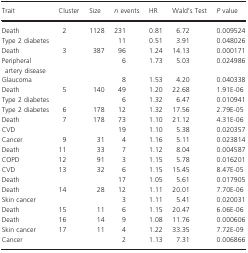
| Trait | Cluster | Size | n events | HR | Wald's Test | P value |
 | --- | --- | --- | --- | --- | --- | --- |
 | Death | <ROWSPAN=2> 2 | <ROWSPAN=2> 1128 | 231 | 0.81 | 6.72 | 0.009524 |
 | Type 2 diabetes | 11 | 0.51 | 3.91 | 0.048026 |
 | Death | <ROWSPAN=3> 3 | <ROWSPAN=3> 387 | 96 | 1.24 | 14.13 | 0.000171 |
 | Peripheral artery disease | 6 | 1.73 | 5.03 | 0.024986 |
 | Glaucoma | 8 | 1.53 | 4.20 | 0.040338 |
 | Death | <ROWSPAN=2> 5 | <ROWSPAN=2> 140 | 49 | 1.20 | 22.68 | 1.91E‐06 |
 | Type 2 diabetes | 6 | 1.32 | 6.47 | 0.010941 |
 | Type 2 diabetes | 6 | 178 | 12 | 1.32 | 17.56 | 2.79E‐05 |
 | Death | <ROWSPAN=2> 7 | <ROWSPAN=2> 178 | 73 | 1.10 | 21.12 | 4.31E‐06 |
 | CVD | 19 | 1.10 | 5.38 | 0.020357 |
 | Cancer | 9 | 31 | 4 | 1.16 | 5.11 | 0.023814 |
 | Death | 11 | 33 | 7 | 1.12 | 8.04 | 0.004587 |
 | COPD | 12 | 91 | 3 | 1.15 | 5.78 | 0.016201 |
 | CVD | <ROWSPAN=2> 13 | <ROWSPAN=2> 32 | 6 | 1.15 | 15.45 | 8.47E‐05 |
 | Death | 17 | 1.05 | 5.61 | 0.017905 |
 | Death | <ROWSPAN=2> 14 | <ROWSPAN=2> 28 | 12 | 1.11 | 20.01 | 7.70E‐06 |
 | Skin cancer | 3 | 1.11 | 5.41 | 0.020031 |
 | Death | 15 | 11 | 6 | 1.15 | 20.47 | 6.06E‐06 |
 | Death | 16 | 14 | 9 | 1.08 | 11.76 | 0.000606 |
 | Skin cancer | <ROWSPAN=2> 17 | <ROWSPAN=2> 11 | 4 | 1.22 | 33.35 | 7.72E‐09 |
 | Cancer | 2 | 1.13 | 7.31 | 0.006866 |